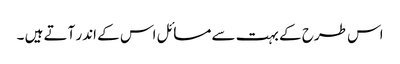
اس طرح کے بہت سے مسائل اس کے اندر آتے ہیں ۔